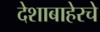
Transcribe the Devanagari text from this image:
देशाबाहेरचे